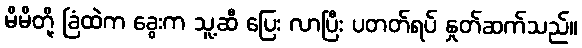
မိမိတို့ ခြံထဲက ခွေးက သူ့ဆီ ပြေး လာပြီး ပတတ်ရပ် နှုတ်ဆက်သည်။